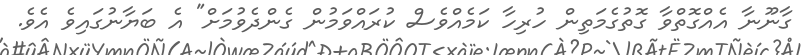
ގާނޫނާ އެއްގޮތްވާ ގޮތުގެމަތިން ހުރިހާ ކަމެއްވެސް ކުރައްވަމުން ގެންދެވުމަށް" އެ ބަޔާނުގައިވެ އެވެ.